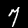
Label: 7